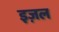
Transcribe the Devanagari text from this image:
इज़ल